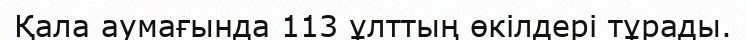
Қала аумағында 113 ұлттың өкілдері тұрады.